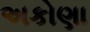
અકોણા